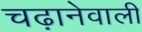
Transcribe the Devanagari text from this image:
चढ़ानेवाली